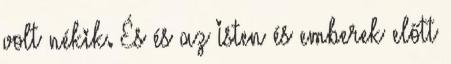
volt nékik. És és az Isten és emberek előtt